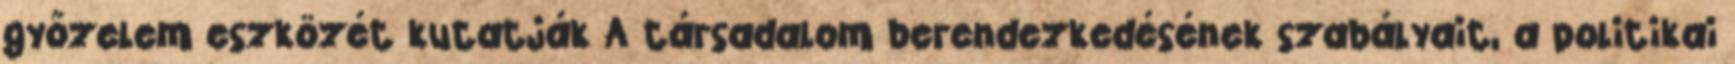
győzelem eszközét kutatják A társadalom berendezkedésének szabályait, a politikai